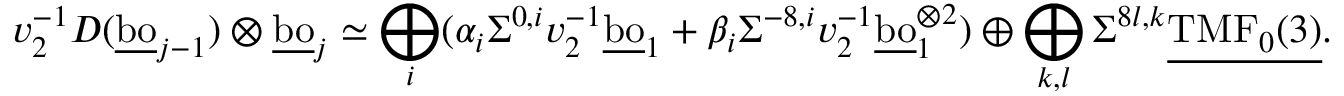
v _ { 2 } ^ { - 1 } D ( \underline { { \mathrm { b o } } } _ { j - 1 } ) \otimes \underline { { \mathrm { b o } } } _ { j } \simeq \bigoplus _ { i } ( \alpha _ { i } \Sigma ^ { 0 , i } v _ { 2 } ^ { - 1 } \underline { { \mathrm { b o } } } _ { 1 } + \beta _ { i } \Sigma ^ { - 8 , i } v _ { 2 } ^ { - 1 } \underline { { \mathrm { b o } } } _ { 1 } ^ { \otimes { 2 } } ) \oplus \bigoplus _ { k , l } \Sigma ^ { 8 l , k } \underline { { \mathrm { T M F } _ { 0 } ( 3 ) } } .